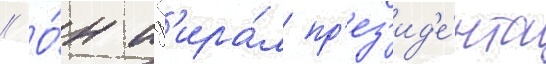
// О́н изб'ира́л пр'ез'ид'е́нта